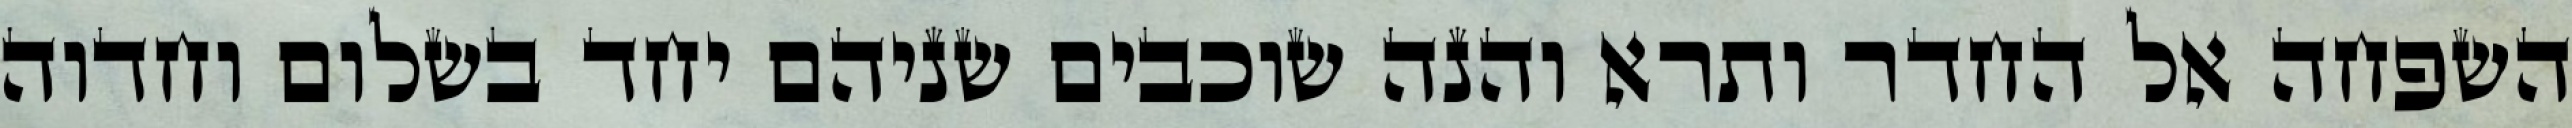
השפחה אל החדר ותרא והנה שוכבים שניהם יחד בשלום וחדוה